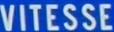
VITESSE